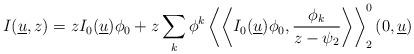
LaTeX: \begin{align*}I(\underline{u},z)=zI_0(\underline{u})\phi_0+z\sum_k \phi^k\left\langle\left\langle I_0(\underline{u})\phi_0,\frac{\phi_k}{z-\psi_2}\right\rangle\right\rangle^0_2(0,\underline u)\end{align*}